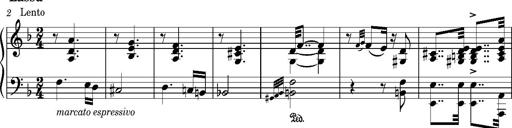
Title: Puszta Wehmut â€“ A puszta keserve
Composer: Franz Liszt
Key: D minor